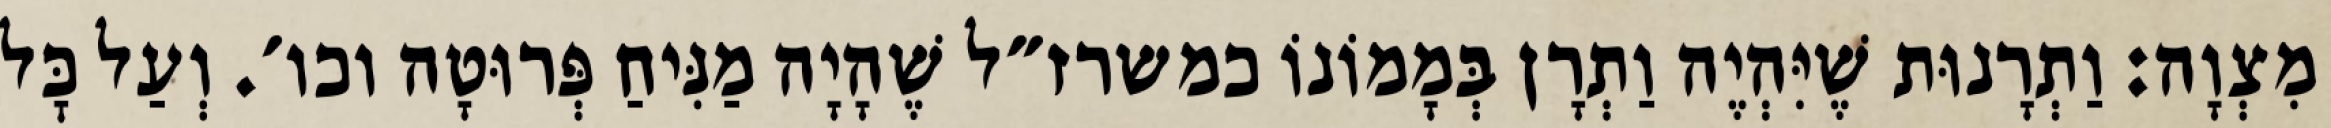
מִצְוָה: וַתְרָנוּת שֶׁיִּהְיֶה וַתְרָן בְּמָמוֹנוֹ כמשרז״ל שֶׁהָיָה מַנִּיחַ פְּרוּטָה וכו׳. וְעַל כׇּל